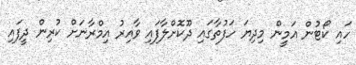
ހައި ކޯޓުން އަމީން މިދިޔަ ހަފުތާގައި ދޫކޮށްލާފައި ވާއިރު އިމްރާނަށް ކުރިން ދީފައި